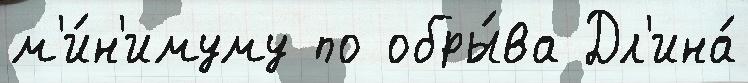
м'и́н'имуму по обры́ва Дл'ина́